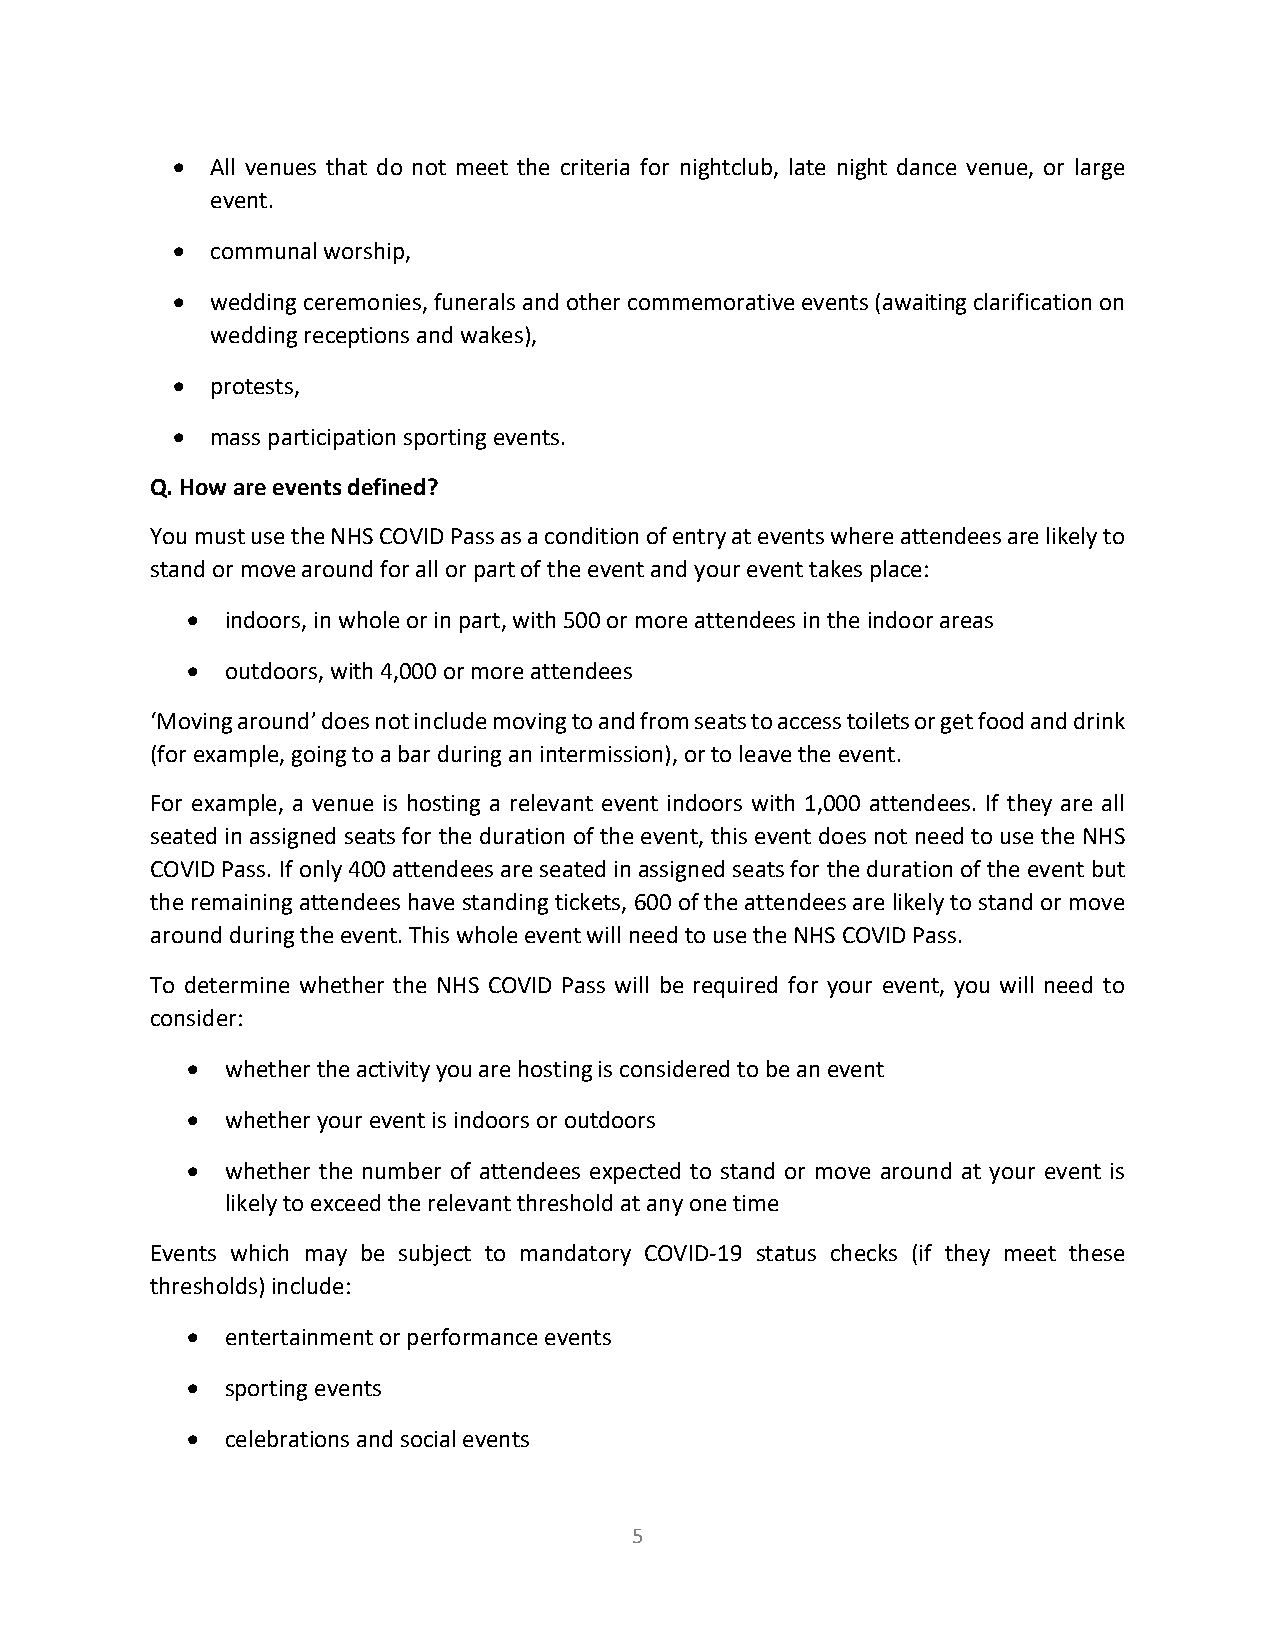
•  All venues that do not meet the criteria for nightclub, late night dance venue, or large
 event.
 •  communal worship,
 •  wedding ceremonies, funerals and other commemorative events (awaiting clarification on
 wedding receptions and wakes),
 •  protests,
 •  mass participation sporting events.
 Q. How are events defined?
 You must use the NHS COVID Pass as a condition of entry at events where attendees are likely to
 stand or move around for all or part of the event and your event takes place:
 •  indoors, in whole or in part, with 500 or more attendees in the indoor areas
 •  outdoors, with 4,000 or more attendees
 ‘Moving around’ does not include moving to and from seats to access toilets or get food and drink
 (for example, going to a bar during an intermission), or to leave the event.
 For example, a venue is hosting a relevant event indoors with 1,000 attendees. If they are all
 seated in assigned seats for the duration of the event, this event does not need to use the NHS
 COVID Pass. If only 400 attendees are seated in assigned seats for the duration of the event but
 the remaining attendees have standing tickets, 600 of the attendees are likely to stand or move
 around during the event. This whole event will need to use the NHS COVID Pass.
 To determine whether the NHS COVID Pass will be required for your event, you will need to
 consider:
 •  whether the activity you are hosting is considered to be an event
 •  whether your event is indoors or outdoors
 •  whether the number of attendees expected to stand or move around at your event is
 likely to exceed the relevant threshold at any one time
 Events which may be subject to mandatory COVID-19 status checks (if they meet these
 thresholds) include:
 •  entertainment or performance events
 •  sporting events
 •  celebrations and social events
 5